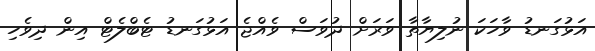
އަޅުގަނޑު ވާހަކަ ނުލިޔާތާ ވަރަށް ދުވަސް ވެއްޖެ އަޅުގަނޑު ޓެބްލެޓް އިން ދިވެހި